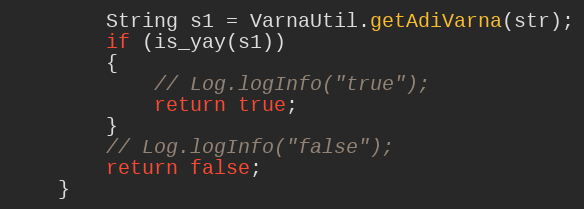
Language: Java
        String s1 = VarnaUtil.getAdiVarna(str);
        if (is_yay(s1))
        {
            // Log.logInfo("true");
            return true;
        }
        // Log.logInfo("false");
        return false;
    }